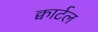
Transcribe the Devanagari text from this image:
क्वार्टल